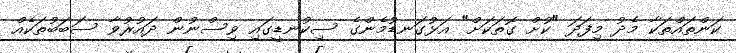
ކަންތައްތަކާ މެދު މިފަދަ "ކުށް ގޮތަކަށް" އަޅުގަނޑުމެންގެ ސިކުނޑީގައި ވިސްނުން ދައުރުވާ ސަބަބުތަކެއް